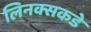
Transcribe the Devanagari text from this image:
लिनक्सकडे